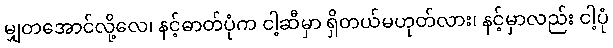
မျှတအောင်လို့လေ၊ နင့်ဓာတ်ပုံက ငါ့ဆီမှာ ရှိတယ်မဟုတ်လား၊ နင့်မှာလည်း ငါ့ပုံ